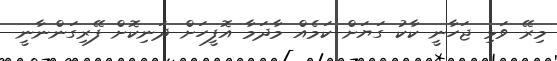
މިރޭ ވަޅި ޖަހާނީ ކާކު ގަޔަށް ކަމެއް މާދަމާ އޮފީހަށް ދަނިކޮށް ފޭރިގަންނާނީ